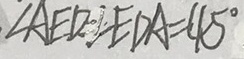
\angle A E D - \angle E D A = 4 5 ^ { \circ }